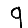
Digit: 9